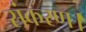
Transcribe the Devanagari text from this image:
संकरण।